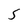
Character: S